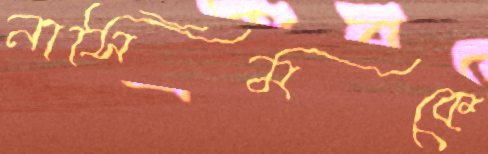
নাসিমকে